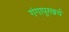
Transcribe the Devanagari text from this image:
गंगापुरखर्च